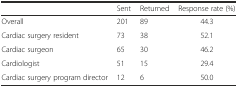
|  | Sent | Returned | Response rate (%) |
 | --- | --- | --- | --- |
 | Overall | 201 | 89 | 44.3 |
 | Cardiac surgery resident | 73 | 38 | 52.1 |
 | Cardiac surgeon | 65 | 30 | 46.2 |
 | Cardiologist | 51 | 15 | 29.4 |
 | Cardiac surgery program director | 12 | 6 | 50.0 |